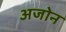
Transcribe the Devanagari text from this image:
अजोन